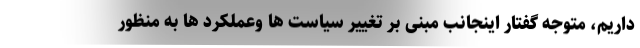
داریم، متوجه گفتار اینجانب مبنی بر تغییر سیاست ها وعملکرد ها به منظور